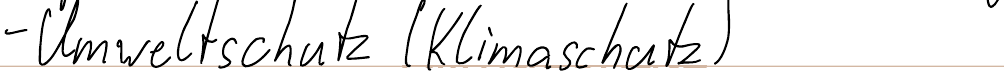
- Umweltschutz (Klimaschutz)